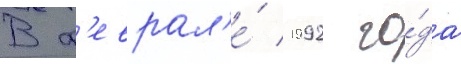
В ф'еврал'е́ 1992 го́да